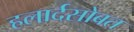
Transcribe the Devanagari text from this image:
हलार्दसोबत